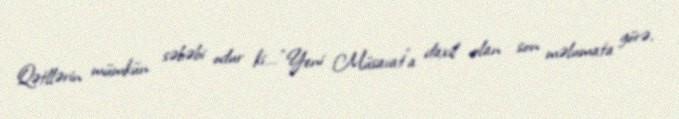
Qətllərin mümkün səbəbi odur ki... “Yeni Müsavat”a daxil olan son məlumata görə,